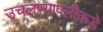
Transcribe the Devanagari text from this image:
उचलण्यापलीकडे